Indian journal of veterinary science and animal husbandry - Volumes 24-25, 1954-1955
Year: 1954
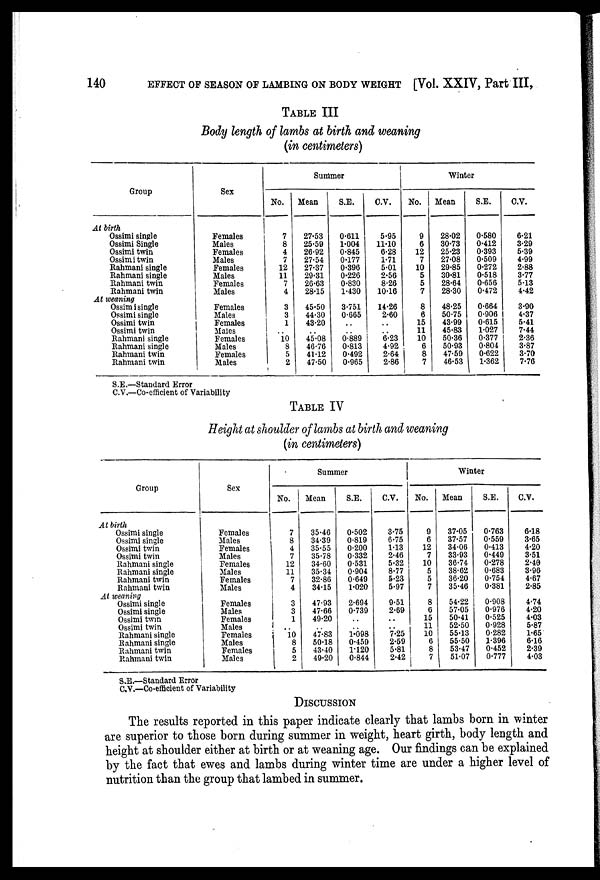
140
EFFECT OF SEASON OF LAMBING ON BODY WEIGHT [Vol. XXIV, Part III,
TABLE III
Body length of lambs at birth and weaning
(in centimeters)
Group
At birth
Ossimi single
Ossimi Single
Ossimi twin
Ossimi twin
Rahmani single
Rahmani single
Rahmani twin
Rahmani twin
At weaning
Ossimi single
Ossimi single
Ossimi twin
Ossimi twin
Rahmani single
Rahmani single
Rahmani twin
Rahmani twin
Sex
Females
Males
Females
Males
Females
Males
Females
Males
Females
Males
Females
Males
Females
Males
Females
Males
No.
7
8
4
7
12
11
7
4
3
3
1
.. 10 8
5
2
Summer
Mean
27.53
25.59
26.92
27.54
27.37
29.31
26.63
28.15
45.50
44.30
43.20
.. 45.08
46.76
41.12
47.50
S.E.
0.611
1.004
0.845
0.177
0.396
0.226
0.830
1.430
3.751
0.665
..
.. 0.889
0.813
0.492
0.965
C.V.
5.95
11.10
6.28
1.71
5.01
2.56
8.26
10.16
14.26
2.60
..
.. 6.23
4.92
2.64
2.86
No.
9
6
12
7
10
5
5
7
8
6
15
11
10
6
8
7
Winter
Mean
28.02
30.73
25.23
27.08
29.85
30.81
28.64
28.30
48.25
50.75
43.99
45.83
50.36
50.93
47.59
46.53
S.E.
0.580
0.412
0.393
0.509
0.272
0.518
0.656
0.472
0.664
0.906
0.615
1.027
0.377
0.804
0.622
1.362
C.V.
6.21
3.29
5.39
4.99
2.88
3.77
5.13
4.42
3.90
4.37
5.41
7.44
2.36
3.87
3.70
7.76
S.E.—Standard Error
C.V.—Co-efficient of Variability
TABLE IV
Height at shoulder of lambs at birth and weaning
(in centimeters)
Group
At birth
Ossimi single
Ossimi single
Ossimi twin
Ossimi twin
Rahmani single
Rahmani single
Rahmani twin
Rahmani twin
At weaning
Ossimi single
Ossimi single
Ossimi twin
Ossimi twin
Rahmani single
Rahmani single
Rahmani twin
Rahmani twin
Sex
Females
Males
Females
Males
Females
Males
Females
Males
Females
Males
Females
Males
Females
Males
Females
Males
No.
7
8
4
7
12
11
7
4
3
3
1
..
10
8
5
2
Summer
Mean
35.46
34.39
35.55
35.78
34.60
35.34
32.86
34.15
47.93
47.66
49.20
..
47.83
50.18
43.40
49.20
S.E.
0.502
0.819
0.200
0.332
0.531
0.904
0.649
1.020
2.694
0.739
..
..
1.098
0.459
1.120
0.844
C.V.
3.75
6.75
1.13
2.46
5.32
8.77
5.23
5.97
9.51
2.69
..
..
7.25
2.59
5.81
2.42
No.
9
6
12
7
10
5
5
7
8
6
15
11
10
6
8
7
Winter
Mean
37.05
37.57
34.06
33.93
36.74
38.62
36.20
35.46
54.22
57.05
50.41
52.50
55.13
55.50
53.47
51.07
S.E.
0.763
0.559
0.413
0.449
0.278
0.683
0.754
0.381
0.908
0.976
0.525
0.928
0.282
1.396
0.452
0.777
C.V.
6.18
3.65
4.20
3.51
2.40
3.96
4.67
2.85
4.74
4.20
4.03
5.87
1.65
6.16
2.39
4.03
S.E.—Standard Error
C.V.—Co-efficient of Variability
DISCUSSION
The results reported in this paper indicate clearly that lambs born in winter
are superior to those born during summer in weight, heart girth, body length and
height at shoulder either at birth or at weaning age. Our findings can be explained
by the fact that ewes and lambs during winter time are under a higher level of
nutrition than the group that lambed in summer.